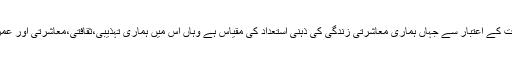
سید ضمیر جعفری کی شگفتہ بیانی اپنی اصلیت کے اعتبار سے جہاں ہماری معاشرتی زندگی کی ذہنی استعداد کی مقیاس ہے وہاں اس میں ہماری تہذیبی،ثقافتی،معاشرتی اور عمرانی اقدار و روایات کا احوال بھی مذکور ہے۔